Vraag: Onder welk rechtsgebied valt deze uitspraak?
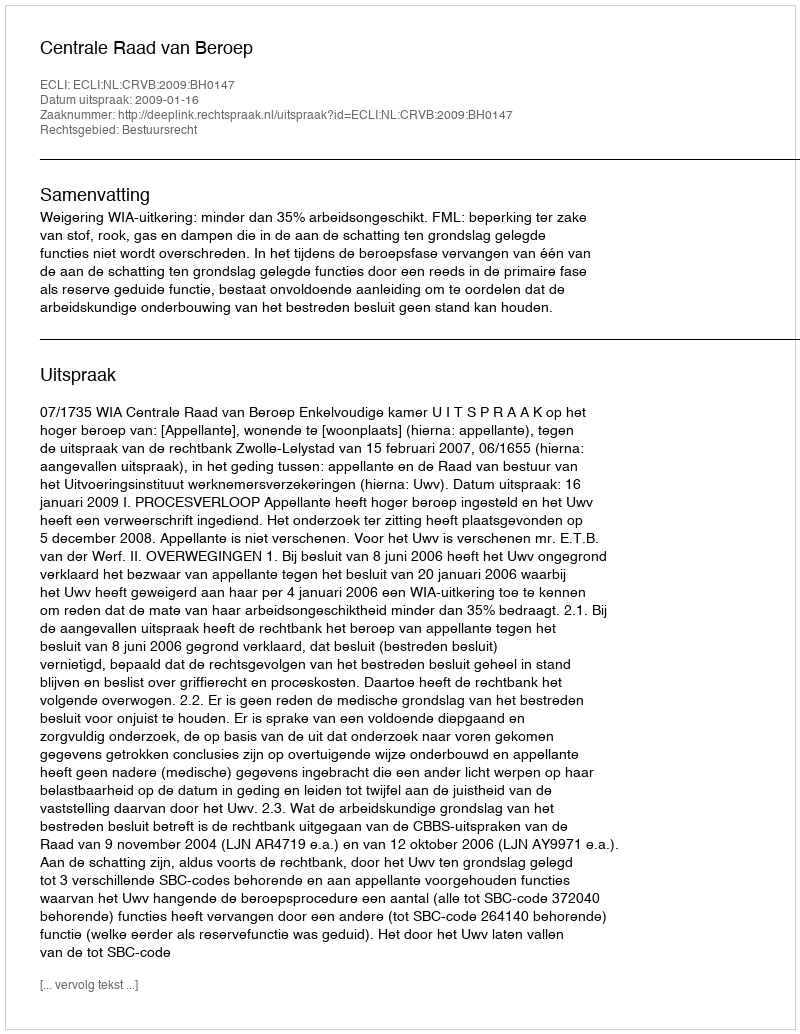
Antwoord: Bestuursrecht